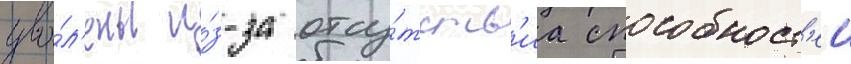
уво́л'ены и́з-за отсу́тств'иа способност'еи